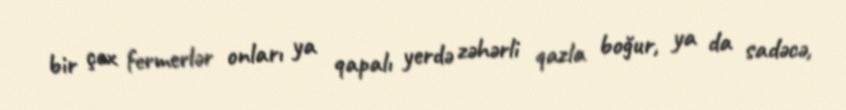
bir çox fermerlər onları ya qapalı yerdə zəhərli qazla boğur, ya da sadəcə,